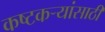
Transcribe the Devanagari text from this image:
कष्टकर्‍यांसाठी